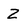
Character: 2